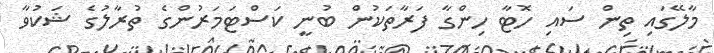
މާލޭގައި ތިން ސައި ހޮޓާ ހިންގާ ފަރާތަކުން ބުނީ ކަސްޓަމަރުންގެ ތުރާލުގެ ޝަކުވާ